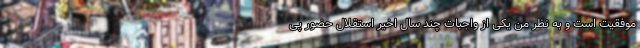
موفقیت است و به نظر من یکی از واجبات چند سال اخیر استقلال حضور پی